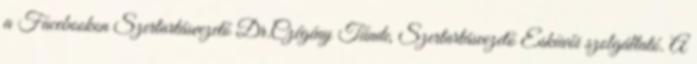
a Facebookon Szertartásvezető Dr.Czégény Tünde, Szertartásvezető Esküvői szolgáltató. A